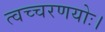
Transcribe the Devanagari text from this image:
त्वच्चरणयोः।